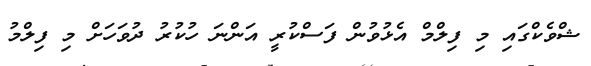
ޝްވެކްގައި މި ފިލްމް އެޅުވުން ފަސްކުރީ އަންނަ ހުކުރު ދުވަހަށް މި ފިލްމު